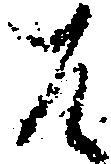
は